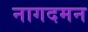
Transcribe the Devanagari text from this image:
नागदमन